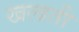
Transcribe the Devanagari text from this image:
खलाती